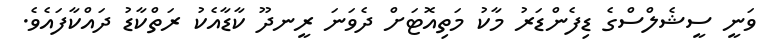
ވަނީ ސީޝެލްސްގެ ޑިފެންޑަރު މާކު މަތިއޮޓަށް ދެވަނަ ރީނދޫ ކާޑާއެކު ރަތްކާޑު ދައްކާފައެވެ.